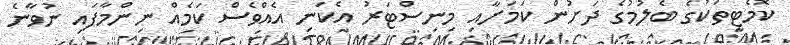
ކޮމެޓީތަކުގެ ބެލުމުގެ ދަށުން ކަމަށާއި މިނިސްޓަރު އެކަނި އެއްވެސް ކަމެއް ނިންމާފައި ނުވާނެ